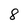
Character: 8